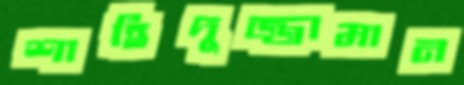
শাহিদুজ্জামান